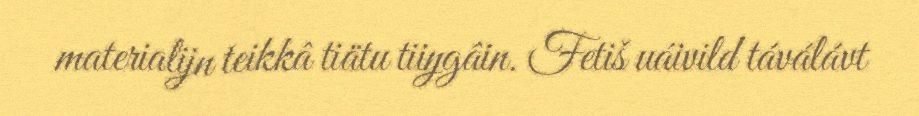
materialijn teikkâ tiätu tiiŋgâin. Fetiš uáivild táválávt